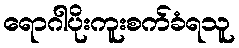
ရောဂါပိုးကူးစက်ခံရသူ